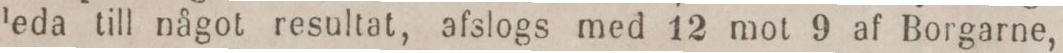
leda till något resultat, afslogs med 12 mot 9 af Borgarne,